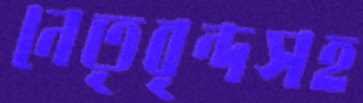
নেতৃবৃন্দসহ